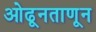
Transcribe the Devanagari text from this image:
ओढूनताणून